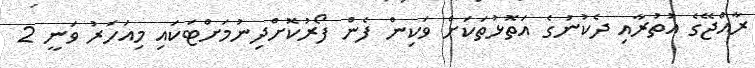
ރާއްޖޭގެ އުތުރާއި ދެކުނުގެ އަތޮޅުތަކަށް ވަކިން ފެން ފޯރުކޮށްދިނުމަށްޓަކައި މިއަހަރު ވަނީ 2